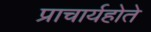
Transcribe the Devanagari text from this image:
प्राचार्यहोते